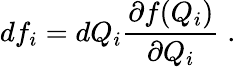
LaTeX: df_{i}=dQ_{i}\frac{\partial f(Q_{i})}{\partial Q_{i}}\; .